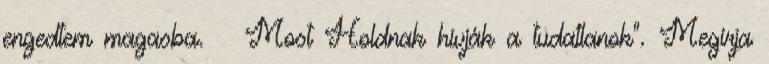
engedtem magasba. Most Holdnak hívják a tudatlanok”. Megírja